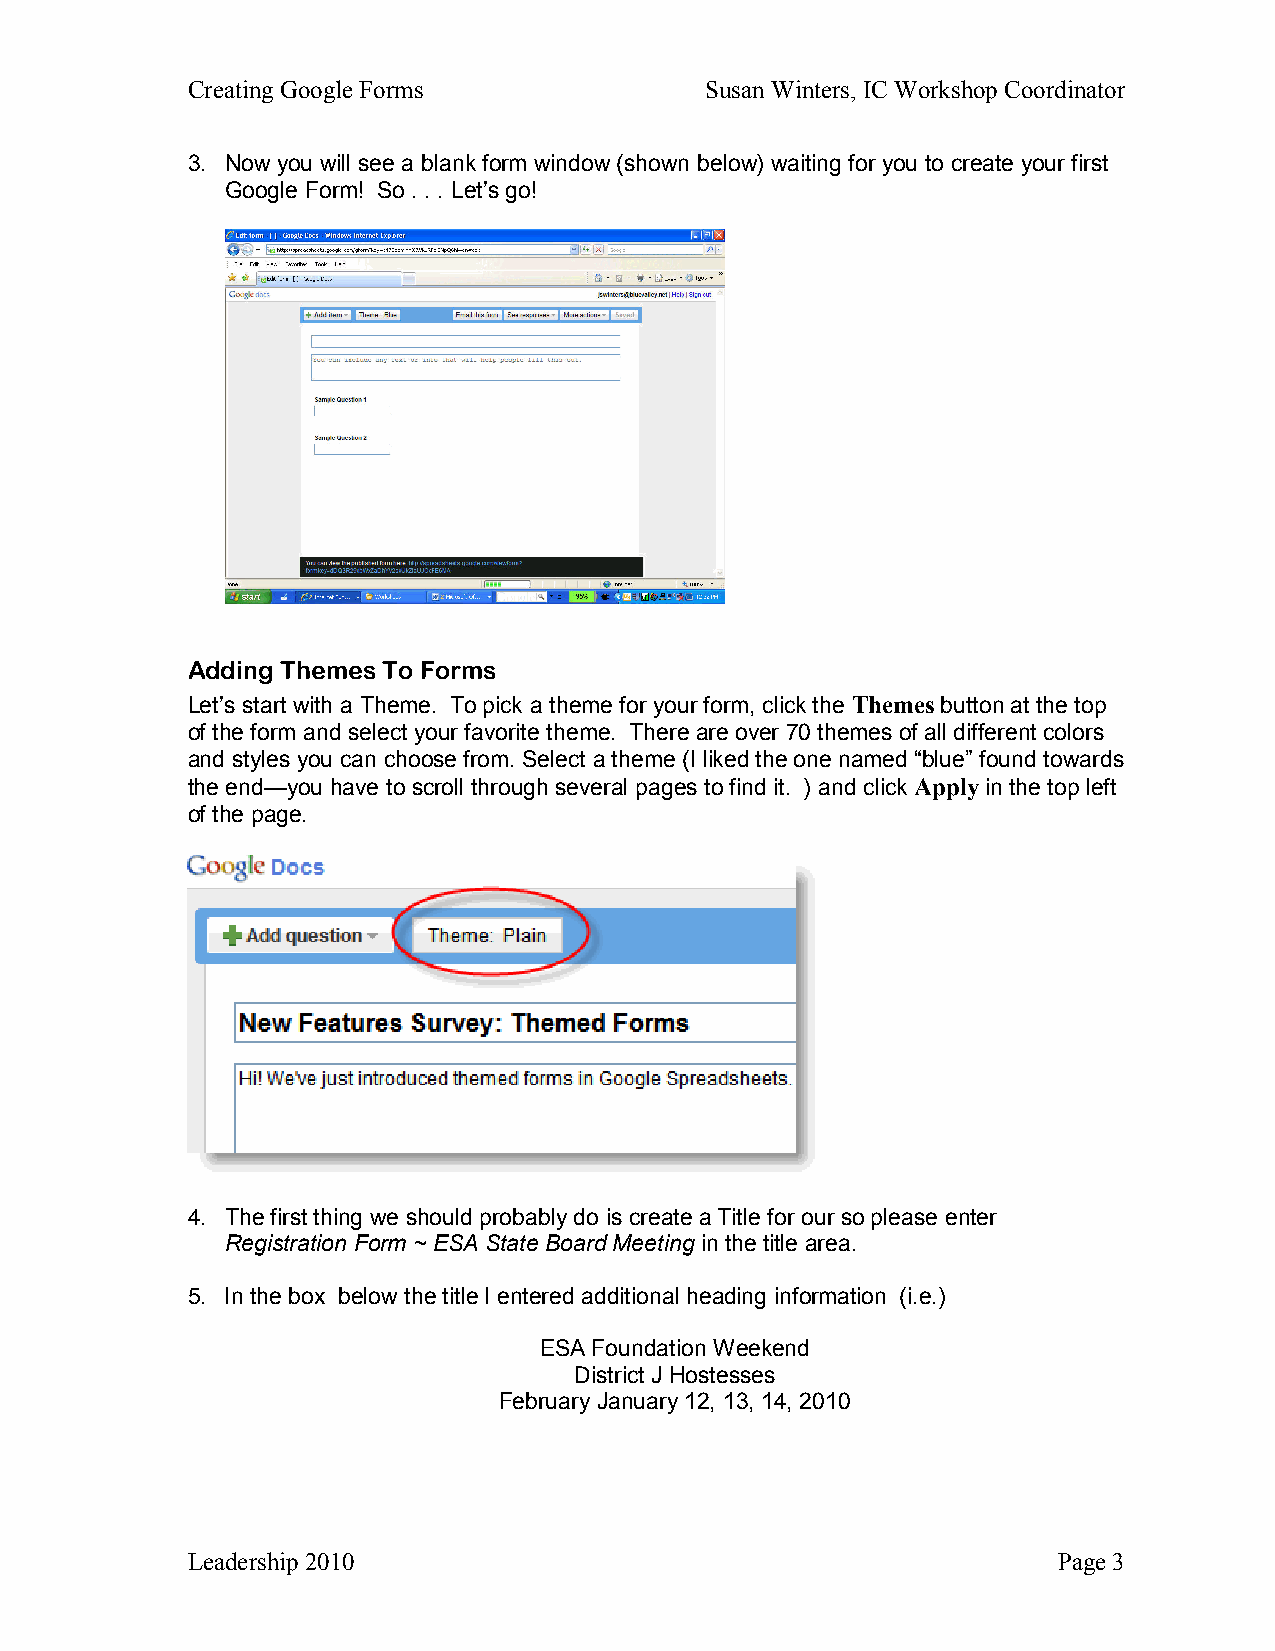
Creating Google Forms              Susan Winters, IC Workshop Coordinator
 3. Now you will see a blank form window (shown below) waiting for you to create your first
 Google Form! So . . . Let’s go!
 Adding Themes To Forms
 Let’s start with a Theme. To pick a theme for your form, click the Themes button at the top
 of the form and select your favorite theme. There are over 70 themes of all different colors
 and styles you can choose from. Select a theme (I liked the one named “blue” found towards
 the end—you have to scroll through several pages to find it. ) and click Apply in the top left
 of the page.
 4. The first thing we should probably do is create a Title for our so please enter
 Registration Form ~ ESA State Board Meeting in the title area.
 5. In the box below the title I entered additional heading information (i.e.)
 ESA Foundation Weekend
 District J Hostesses
 February January 12, 13, 14, 2010
 Leadership 2010                                           Page 3